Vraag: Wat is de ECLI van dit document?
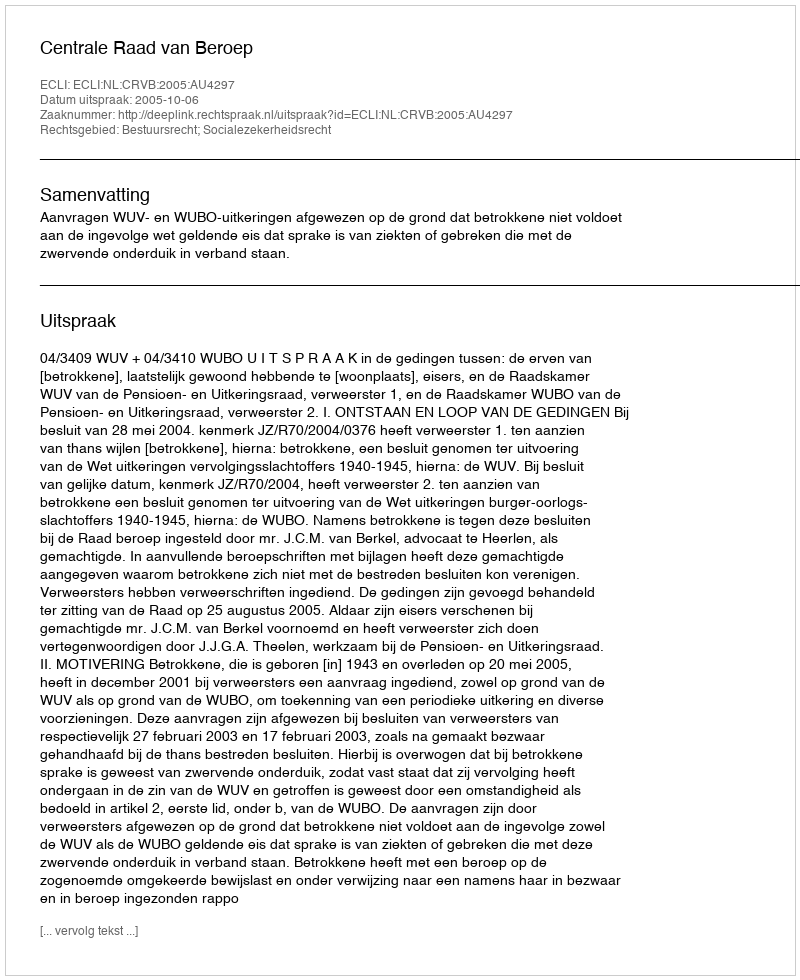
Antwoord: ECLI:NL:CRVB:2005:AU4297